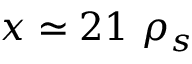
x \simeq 2 1 \ \rho _ { s }